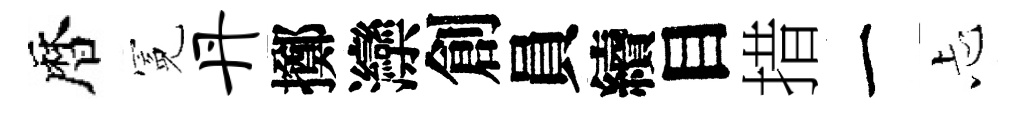
暦冕丹擲灤創員續目措一忐